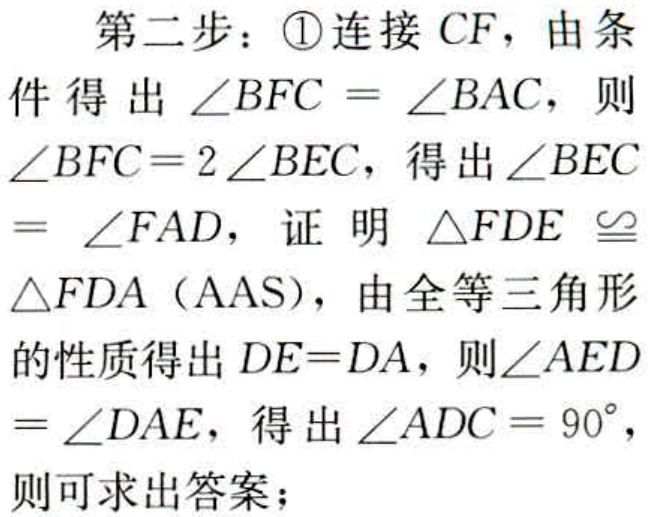
第二步：\textcircled{1}连接 \(CF\)，由条件得出 \(\angle BFC = \angle BAC\)，则 \(\angle BFC = 2\angle BEC\)，得出 \(\angle BEC=\angle FAD\)，证明 \(\triangle FDE\cong\triangle FDA\)（AAS），由全等三角形的性质得出 \(DE = DA\)，则 \(\angle AED=\angle DAE\)，得出 \(\angle ADC = 90^{\circ}\)，则可求出答案；